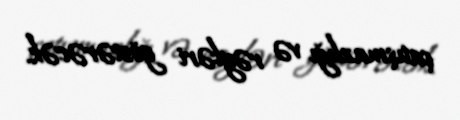
çatışmazlığı və rəyləri göstərəcək.